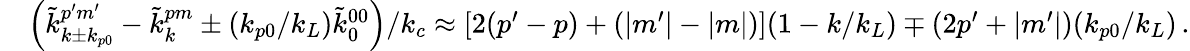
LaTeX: \begin{array}{rl}&{\left(\tilde{k}_{k\pm k_{p0}}^{p^{\prime}m^{\prime}}-\tilde{k}_{k}^{pm}\pm(k_{p0}/k_{L})\tilde{k}_{0}^{00}\right)/k_{c}\approx\left[2(p^{\prime}-p)+(|m^{\prime}|-|m|)\right](1-k/k_{L})\mp\left(2p^{\prime}+|m^{\prime}|\right)(k_{p0}/k_{L})\, .}\end{array}